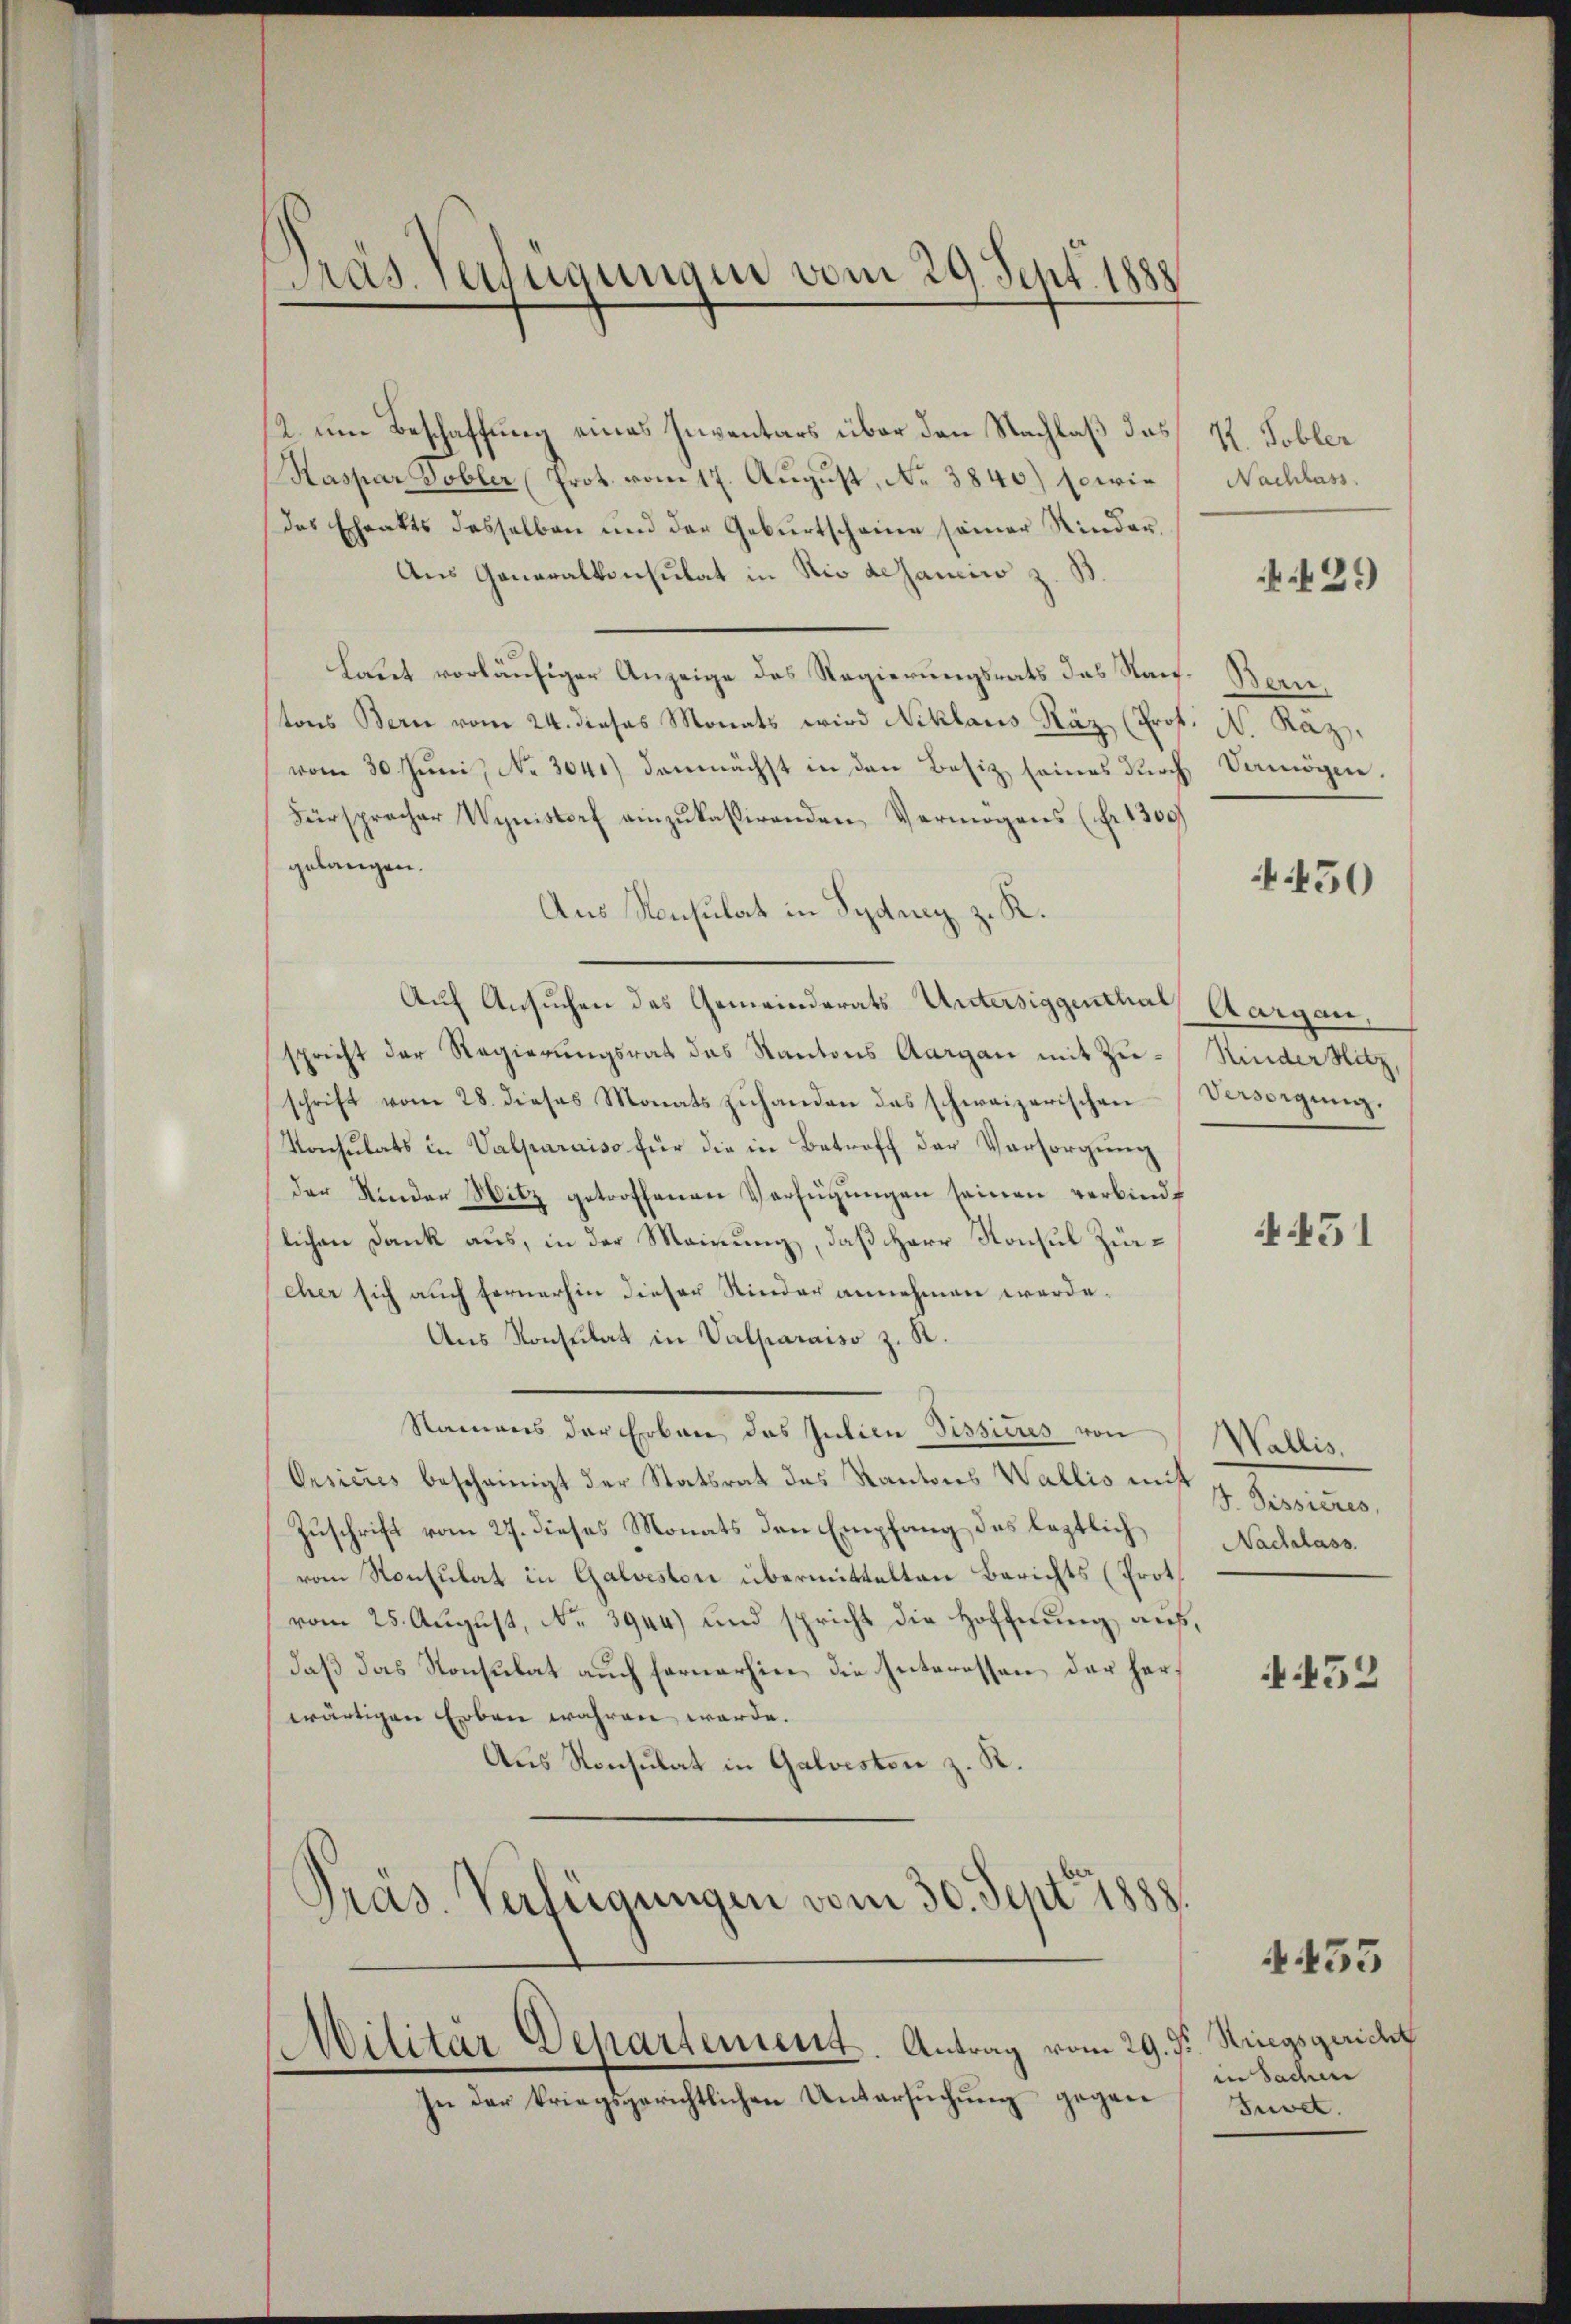
Präs. Verfügungen vom 29. Sept. 1888

2. um Beschaffung eines Inventars über den Nachlaß das 17. Tobler
Kaspar Tobler (Prot. vom 17. August, No 3840) sowie Nachlass
des Ehrakts desselben und der Geburtscheine seiner Kinder,
Aus Generalkonsulat in Rio desanciro z. B.
laut vorläufiger Anzeige des Regierungsrats des Rauf- Bern,
tons Bern vom 24. dieses Monats wird Niklaus Räz (Prof. N. Käz,
vom 30. Jŭni No 3041) demnächst in den Besiz seines durch Vermögen.
Fürspracher Wynistorf einzukassirenden Vermögens (Nr. 13091
gelangen.
Aus Konsulat in Sydney z. R.
Auf Ansuchen des Gemeinderats Untersiggenthal, Aargau,
spricht der Regierungsrat des Kantons Aargau mit Zu- Kinder Hitz,
schrift vom 28. dieses Monats zuhanden des schweizerischen
Konsulats in Valparaiso für die in Betroff der Versorgung
der Kinder Witz getroffenen Verfügŭngen seinen verbindlichen Dank aus, in der Meinung, daß Herr Konsul Züreher sich auch fernerhin dieser Kinder annehmen werde.
Aus Konsulat in Valparaiso z. R.
Namens der Erbau das Julien Sissieres von
Orsieres bescheinigt der Statsrat des Kantons Wallis mit 7. Sessieres
Zuschrift vom 27. dieses Monats den Empfang des leztlich
vom Konsulat in Galvestor übermittelten Berichts (Prot
vom 25. August, No 3944) und spricht die Hoffnung auf,
daß das Konsulat auch fernerhin die Interessen der herwärtigen Erben wahren werde.
Aus Konsulat in Galveston z. R.
Präs. Verfügungen vom 30. Sept. 1888.

Militär Departement. Antrag vom 29. J.

In der kriegsgerichtlichen Untersuchung gegen

429

450

Vendigung.

4451

Wallis,
Nachlass.
N.452

Striegsgericht
in Sachen
Juvet.

4435